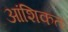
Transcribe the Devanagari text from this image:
आंशिकतः